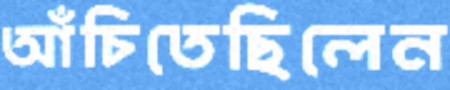
আঁচিতেছিলেন